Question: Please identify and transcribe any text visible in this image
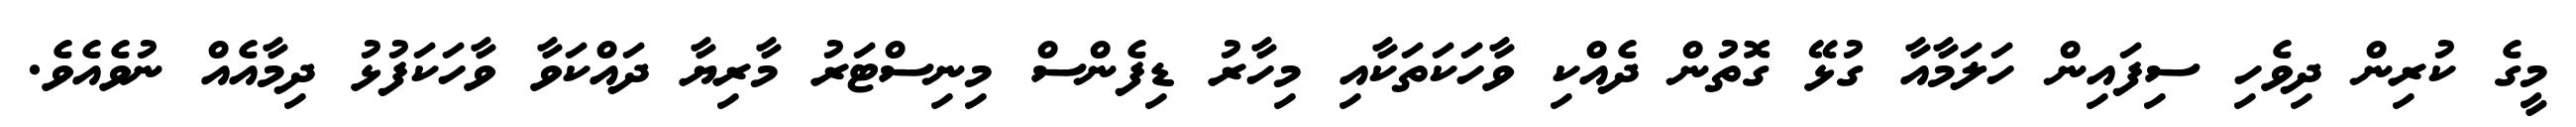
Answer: މީގެ ކުރިން ދިވެހި ސިފައިން ހަލަމާއާ ގުޅޭ ގޮތުން ދެއްކި ވާހަކަތަކާއި މިހާރު ޑިފެންސް މިނިސްޓަރު މާރިޔާ ދައްކަވާ ވާހަކަފުޅު ދިމާއެއް ނުވެއެވެ.